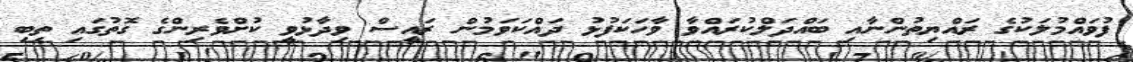
ފުވައްމުލަކުގެ ރައްޔިތުންނާއި ބައްދަލްކުރައްވާ ވާހަކަފުޅު ދައްކަވަމުން ރައީސް ވިދާޅުވީ ކުށްވެރިންގެ ގޮތުގައި ތިބި